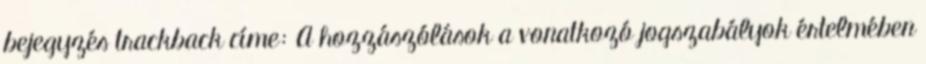
bejegyzés trackback címe: A hozzászólások a vonatkozó jogszabályok értelmében